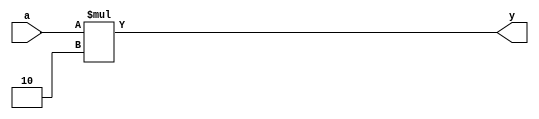
module mult_2 (
	input 	[2:0] 	a, 
	output 	[3:0] 	y
);
	assign y = a * 2;
endmodule